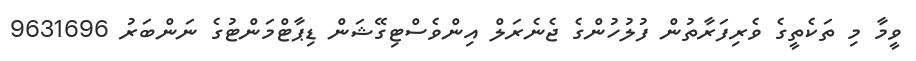
ވީމާ މި ތަކެތީގެ ވެރިފަރާތުން ފުލުހުންގެ ޖެނެރަލް އިންވެސްޓިގޭޝަން ޑިޕާޓްމަންޓުގެ ނަންބަރު 9631696